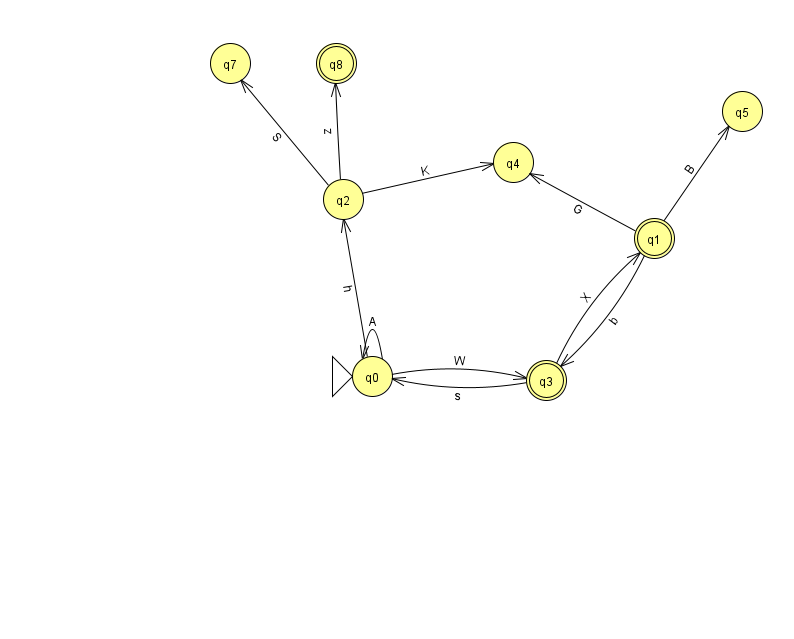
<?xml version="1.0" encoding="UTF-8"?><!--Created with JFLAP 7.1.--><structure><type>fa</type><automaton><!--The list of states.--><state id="0" name="q0"><x>372.0</x><y>363.0</y><initial/></state><state id="1" name="q1"><x>654.0</x><y>225.0</y><final/></state><state id="2" name="q2"><x>343.0</x><y>186.0</y></state><state id="3" name="q3"><x>546.0</x><y>367.0</y><final/></state><state id="4" name="q4"><x>513.0</x><y>149.0</y></state><state id="5" name="q5"><x>742.0</x><y>98.0</y></state><state id="7" name="q7"><x>230.0</x><y>50.0</y></state><state id="8" name="q8"><x>336.0</x><y>50.0</y><final/></state><!--The list of transitions.--><transition><from>0</from><to>0</to><read>A</read></transition><transition><from>0</from><to>2</to><read>h</read></transition><transition><from>1</from><to>3</to><read>b</read></transition><transition><from>2</from><to>4</to><read>K</read></transition><transition><from>2</from><to>8</to><read>z</read></transition><transition><from>1</from><to>5</to><read>B</read></transition><transition><from>2</from><to>7</to><read>S</read></transition><transition><from>0</from><to>3</to><read>W</read></transition><transition><from>3</from><to>1</to><read>X</read></transition><transition><from>1</from><to>4</to><read>G</read></transition><transition><from>3</from><to>0</to><read>s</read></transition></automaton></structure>